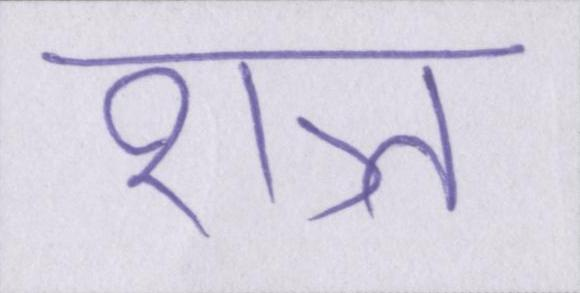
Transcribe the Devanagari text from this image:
शत्र्त